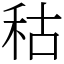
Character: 秙